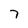
Character: 7